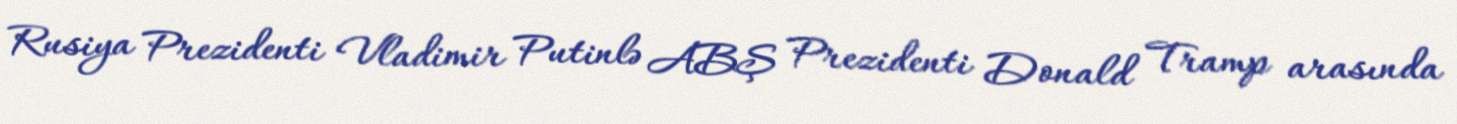
Rusiya Prezidenti Vladimir Putinlə ABŞ Prezidenti Donald Tramp arasında